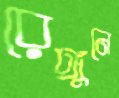
রেঙ্গুনে